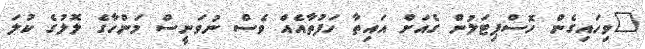
"ވިހައިގެން ހޮސްޕިޓަލުން ގެއަށް އައިތާ ހަފުތާއެއް ވެސް ނުވަނީސް މަންހާގެ ލޮލުގެ ކުލަ